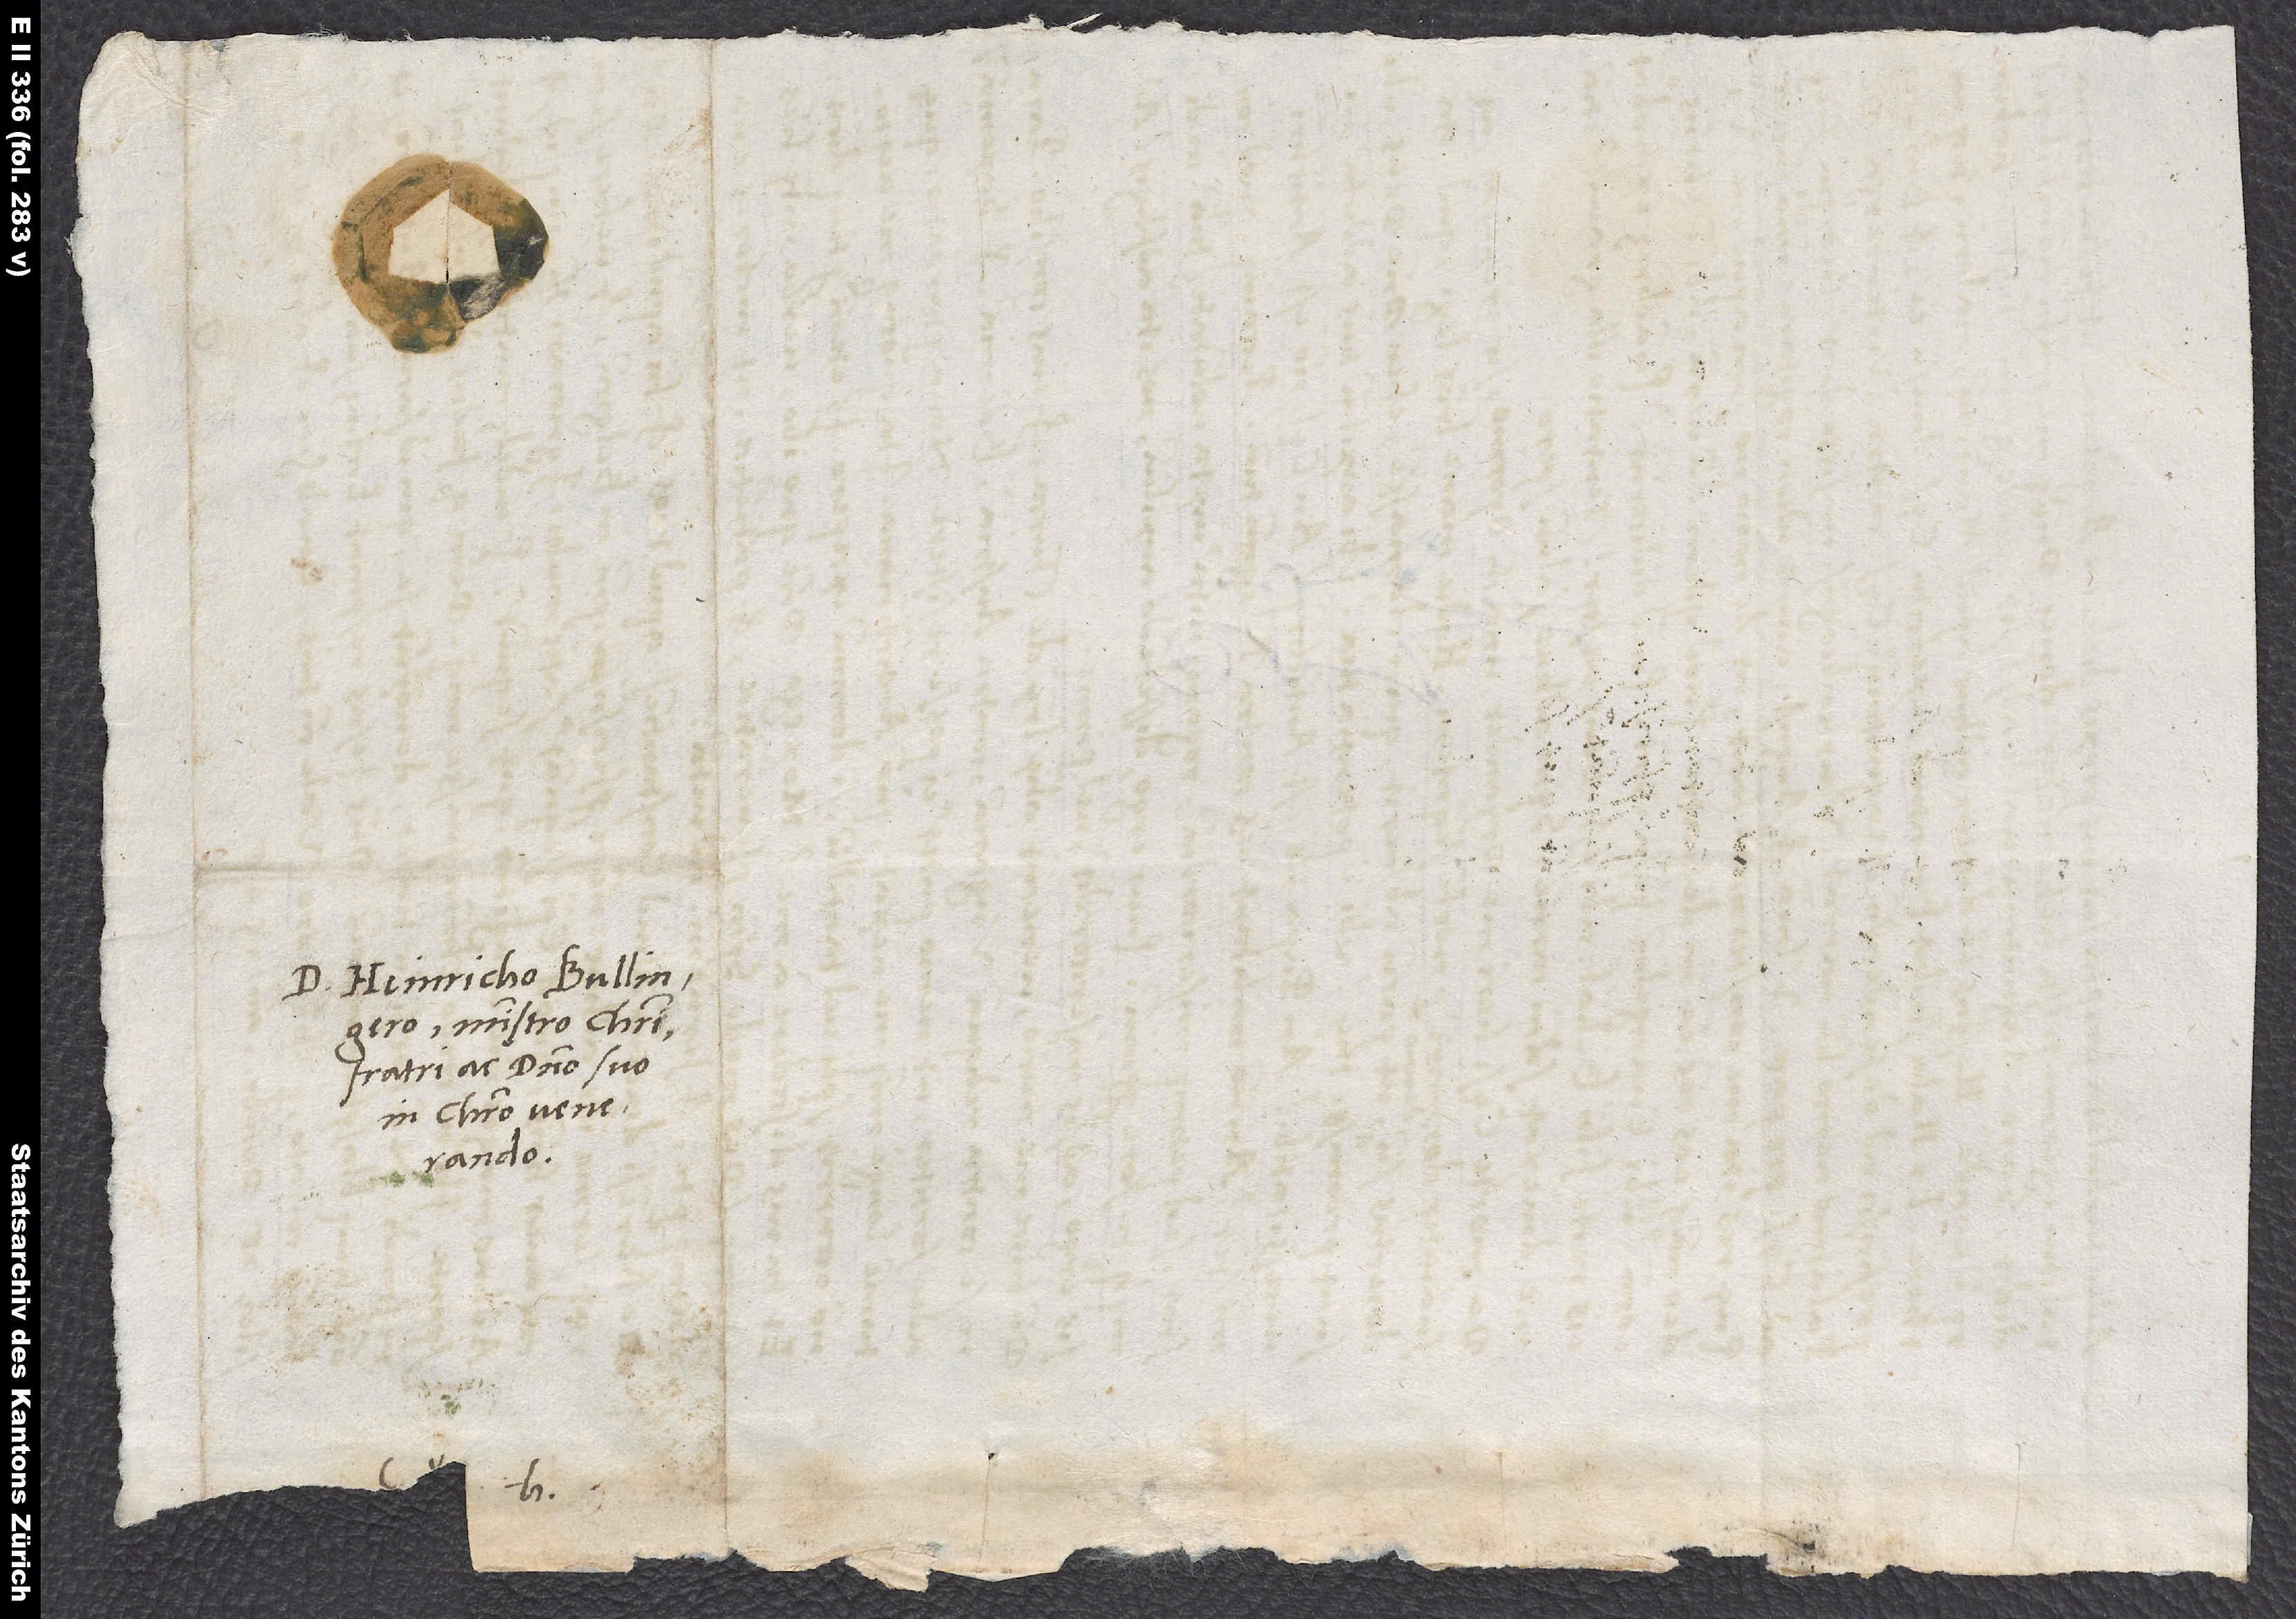
D. Heinricho Bullingero,
ministro Christi,
fratri ac domino suo
in Christo venerando.
S.